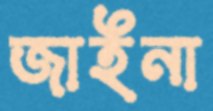
জাইনা